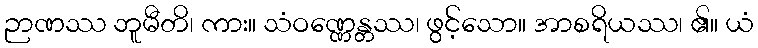
ဉာဏဿ ဘူမီတိ၊ ကား။ သံဝဏ္ဏေန္တဿ၊ ဖွင့်သော။ အာစရိယဿ၊ ၏။ ယံ